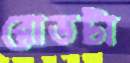
রোডটা